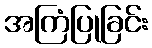
အကြံပြုခြင်း